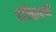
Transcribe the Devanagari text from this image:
हरिद्वारची